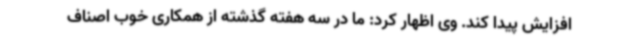
افزایش پیدا کند. وی اظهار کرد: ما در سه هفته گذشته از همکاری خوب اصناف